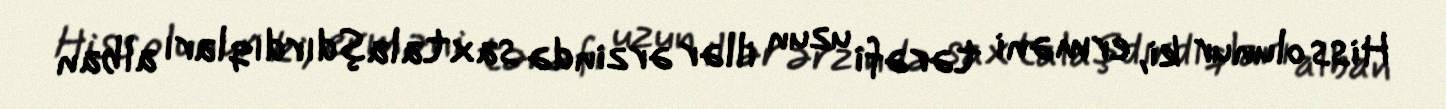
Hiss olunur ki, erməni tərəfi uzun illər ərzində saxtalaşdırdıqları alban